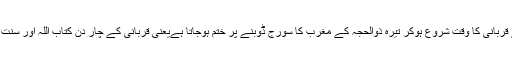
عید کی نماز کے بعد سے قربانی کا وقت شروع ہوکر تیرہ ذوالحجہ کے مغرب کا سورج ڈوبنے پر ختم ہوجاتا ہےیعنی قربانی کے چار دن کتاب اللہ اور سنت رسول اللہ سے ثابت ہیں ۔